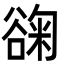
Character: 䜯